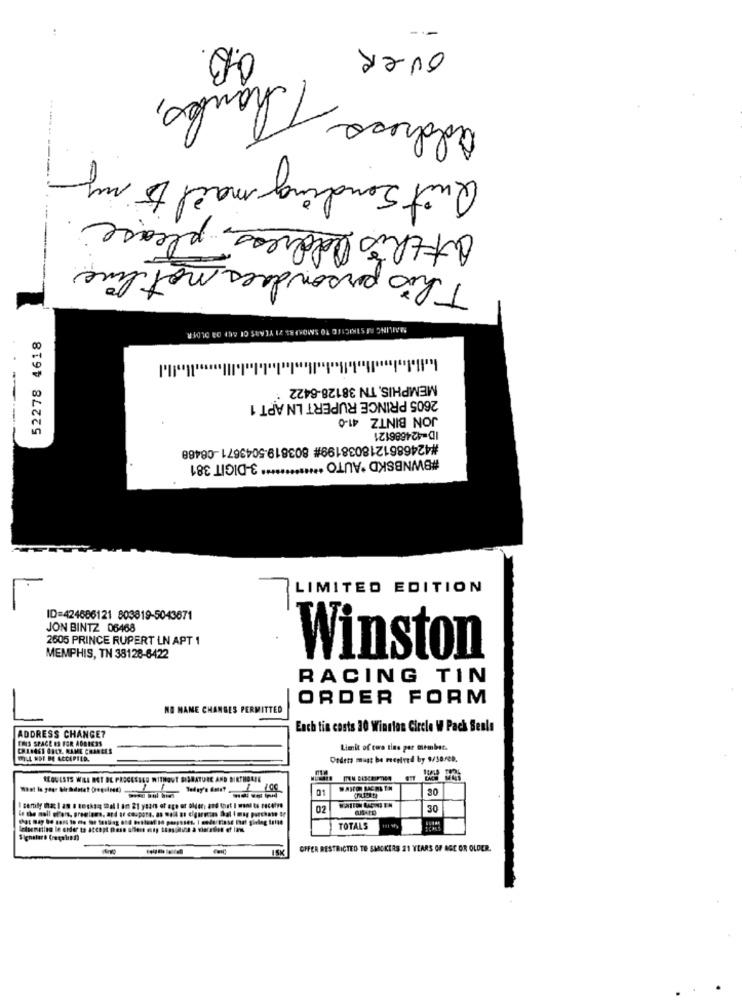
over
address Thanks,
Quit Sending mail Do my
atthis address, please
This persondoes not live
MAILING RESTRICTED TO SMOKEB& 7I YEARS OF AEI OR OLDER
52278 4618
MEMPHIS, TN 38128-8422
2605 PRINCE RUPERT LN APT 1
JON BINTZ 41-0
ID=424686121
#4246861218038199# 803819-5043671-08488
#BWNBSKD *AUTO ************* 3-DIGIT 381
LIMITED EDITION
-
ID=424686121 803819-5043671
JON BINTZ 06468
2505 PRINCE RUPERT LN APT 1
MEMPHIS, TN 38128-8422
Winston
RACING TIN
ORDER FORM
NO NAME CHANGES PERMITTED
ADDRESS CHANGE?
Each tin costs 30 Winston Circle W Pack Senla
THIS SPACE ES FOR ADDRESS
Limit of cus tine per member.
WILL NOT BE ACCEPILD.
Deders must be received by 9/38/08.
REQUESTS WILL NOT BE PROCESSED WITHOUT SISRATURE AND DIRTHOREN
1
30
in the moll offers, premiums, and ur coupons, as well as cigarecsa Skal I mag purchase or
02
30
TOTALS
Signature (regalif)
ISK
OFFER RESTRICTED TO SMOKERS 21 YEARS OF AGE OR OLDER.